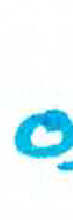
אות: ס